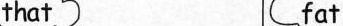
that fat